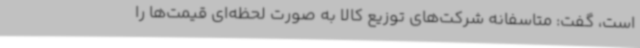
است، گفت: متاسفانه شرکت‌های توزیع کالا به صورت لحظه‌ای قیمت‌ها را